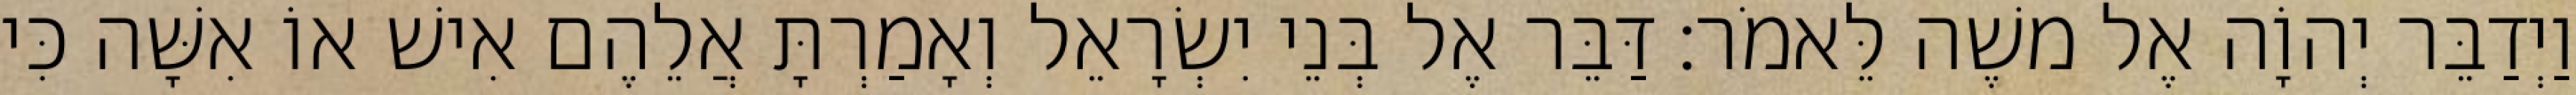
וַיְדַבֵּר יְהוָֹה אֶל משֶׁה לֵּאמֹר׃ דַּבֵּר אֶל בְּנֵי יִשְׂרָאֵל וְאָמַרְתָּ אֲלֵהֶם אִישׁ אוֹ אִשָּׁה כִּי